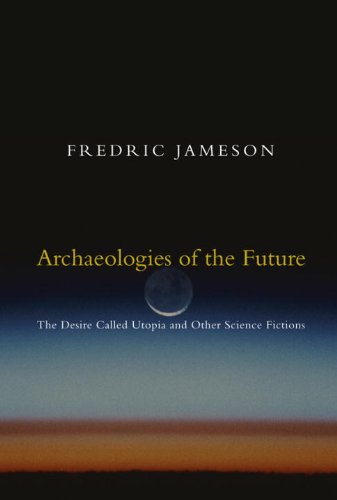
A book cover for Archaeologies of the Future: The Desire Called Utopia and Other Science Fictions; Fredric Jameson; Science Fiction & Fantasy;